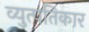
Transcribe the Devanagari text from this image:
व्युत्पतिकार